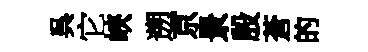
呉它峽遡京景殷蒼的